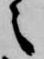
之